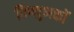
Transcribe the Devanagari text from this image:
विष्णुभक्तों